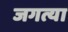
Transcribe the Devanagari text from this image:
जगत्या